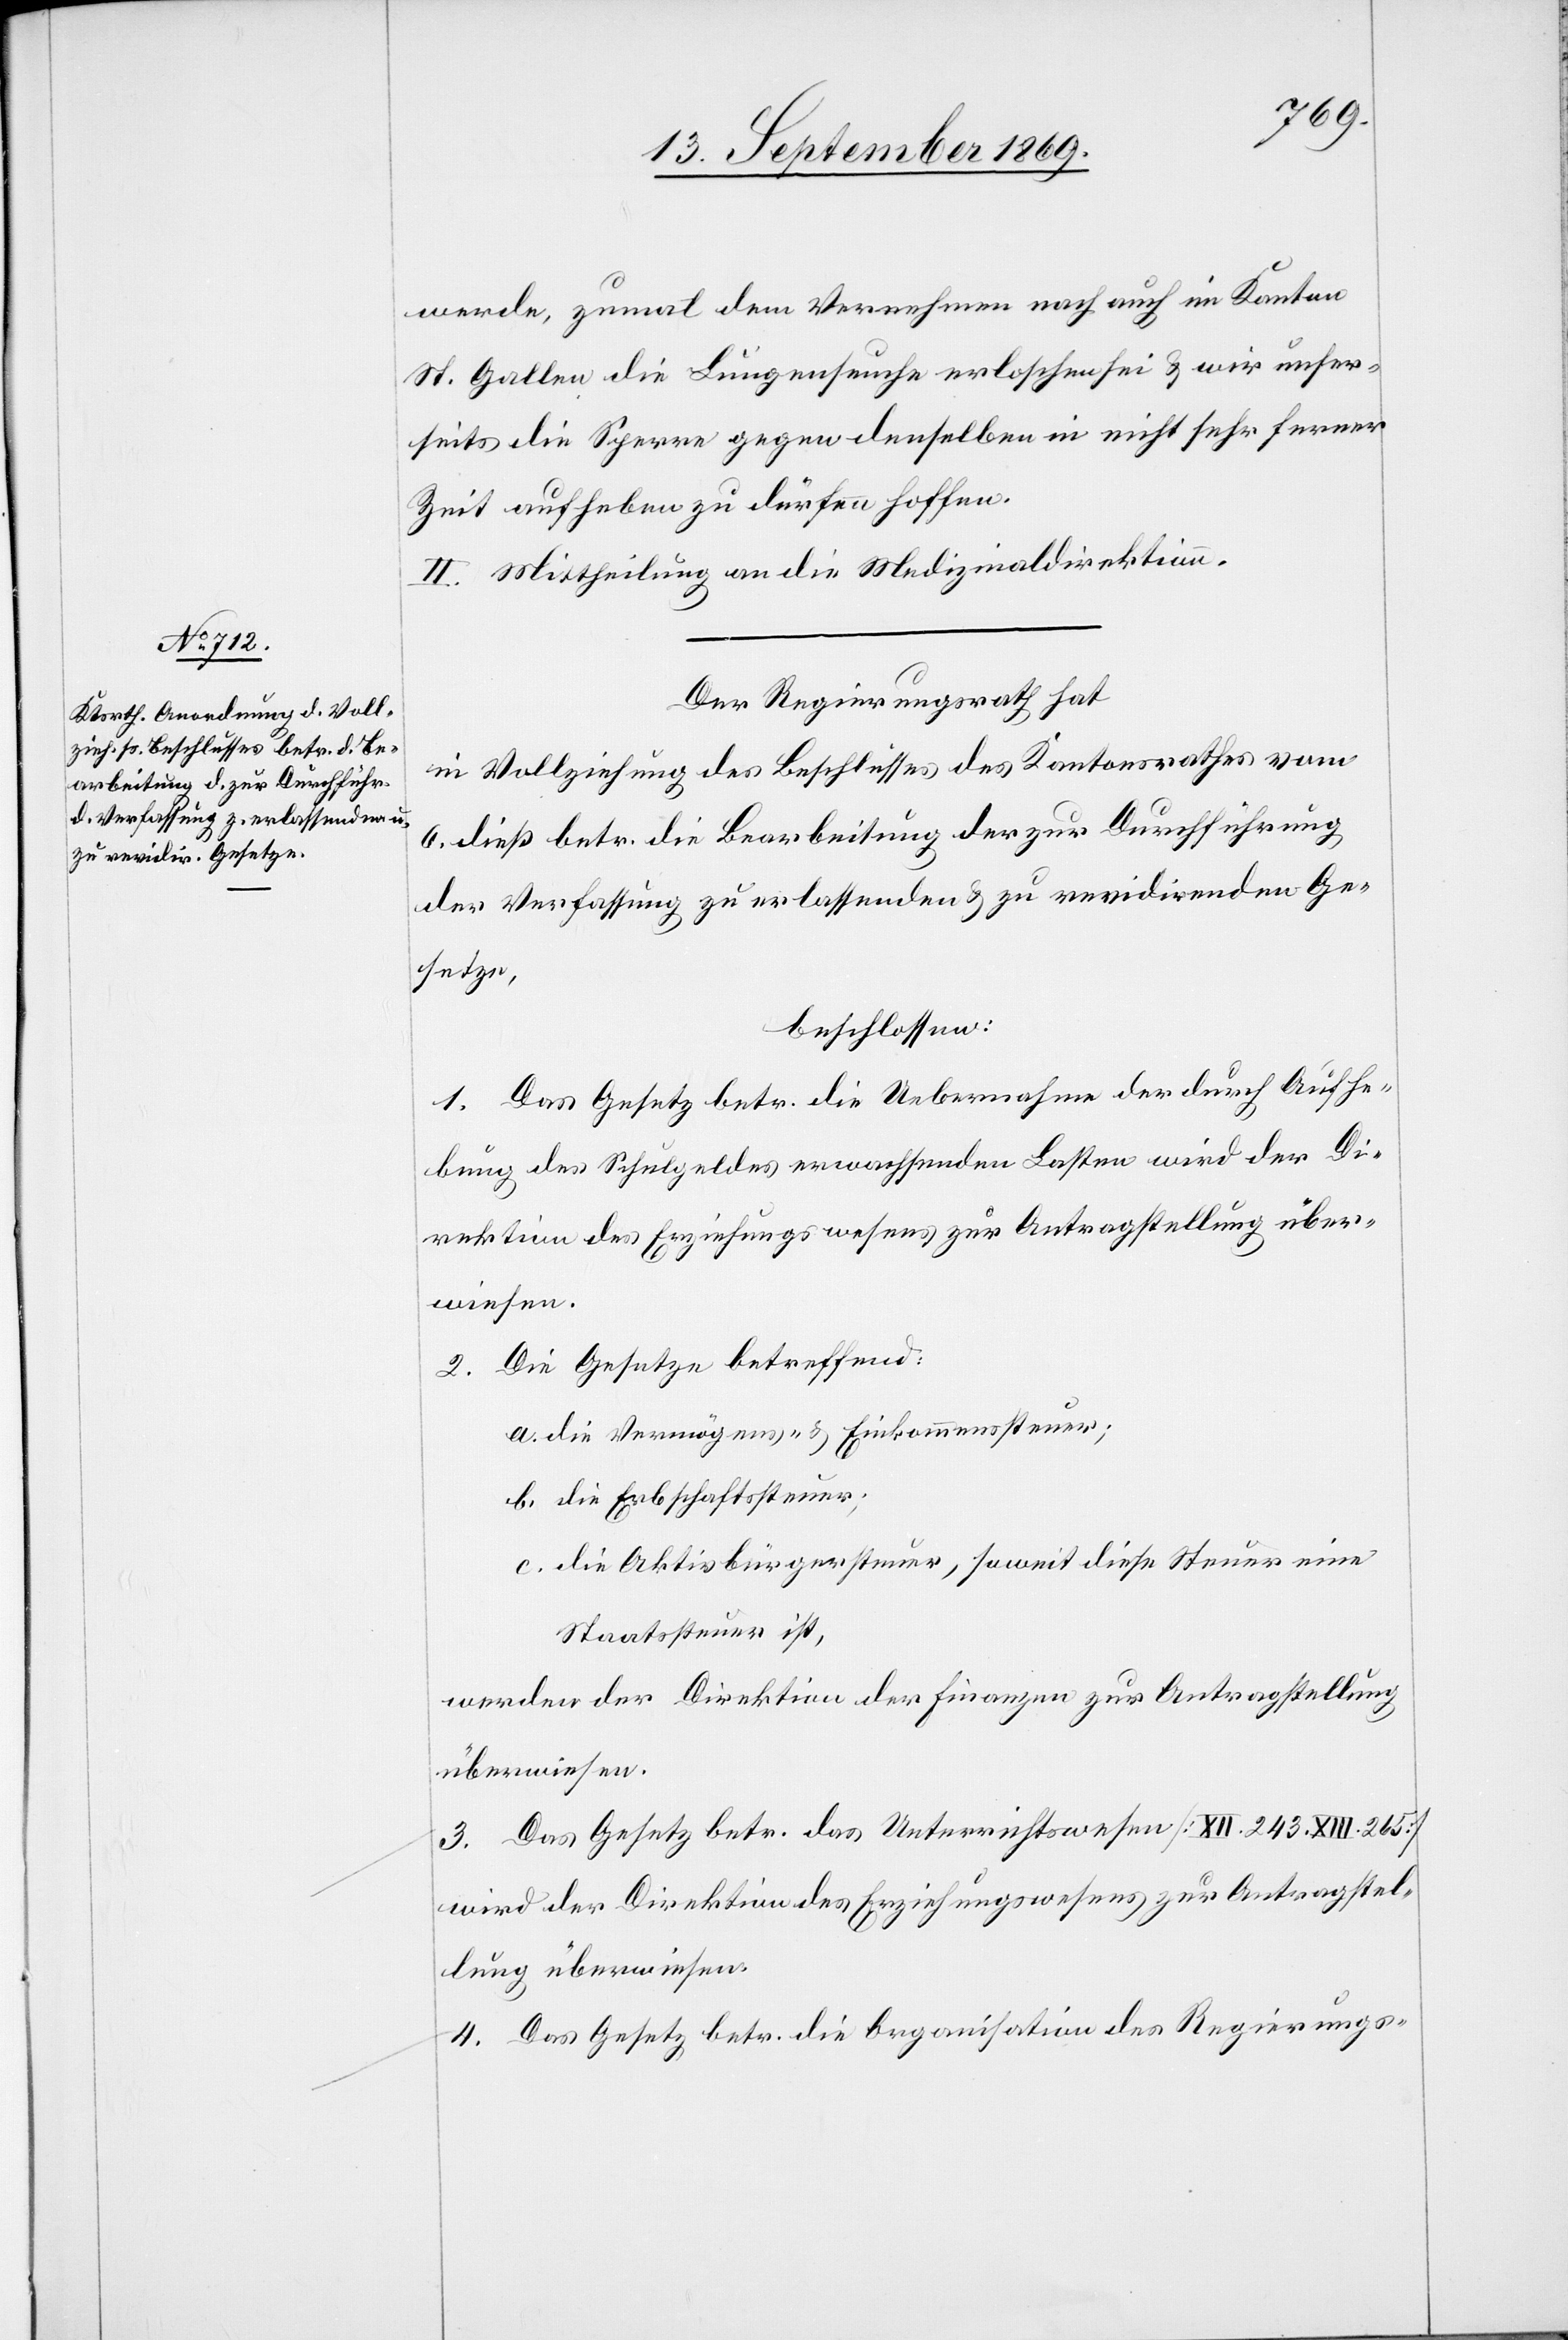
werde, zumal dem Vernehmen nach auch im Kanton
St. Gallen die Lungenseuche erloschen sei & wir unser¬
seits die Sperre gegen denselben in nicht sehr ferner
Zeit aufheben zu dürfen hoffen.
II. Mittheilung an die Medizinaldirektion.
Der Regierungsrath hat
in Vollziehung des Beschlusses des Kantonsrathes vom
6. dieß betr. die Bearbeitung der zur Durchführung
der Verfassung zu erlassenden & zu revidirenden Ge¬
setze,
beschlossen:
1. Das Gesetz betr. die Uebernahme der durch Aufhe¬
bung des Schulgeldes erwachsenden Lasten wird der Di¬
rektion des Erziehungswesens zur Antragstellung über¬
wiesen.
2. Die Gesetze betreffend:
a. die Vermögens- & Einkommenssteuer;
b. die Erbschaftssteuer;
c. die Aktivbürgersteuer, soweit diese Steuer eine
Staatssteuer ist,
werden der Direktion der Finanzen zur Antragstellung
überwiesen.
3. Das Gesetz betr. das Unterrichtswesen [XII. 243 XIII. 265]
wird der Direktion des Erziehungswesens zur Antragstel¬
lung überwiesen.
4. Das Gesetz betr. die Organisation des Regierungs-